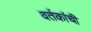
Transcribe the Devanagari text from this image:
वर्तकांची